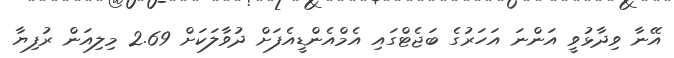
އޭނާ ވިދާޅުވީ އަންނަ އަހަރުގެ ބަޖެޓްގައި އެމްއެންޑީއެފަށް ދުވާލަކަށް 2.69 މިލިއަން ރުފިޔާ